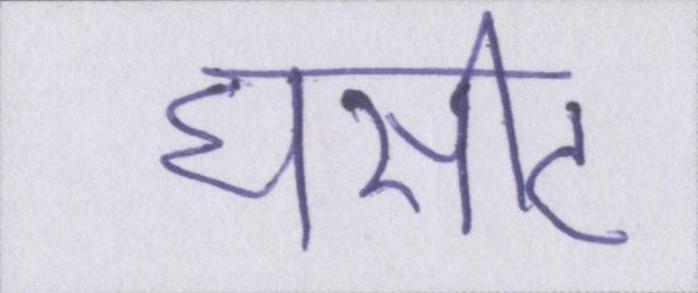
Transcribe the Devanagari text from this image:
घसीट